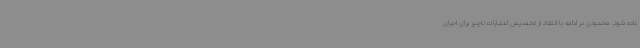
داده شود. محمودی در ادامه با انتقاد از تخصیص اعتبارات ناچیز برای اجرای